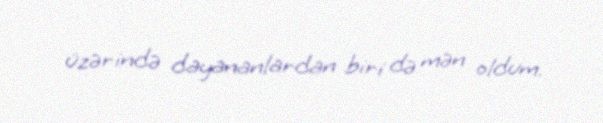
üzərində dayananlardan biri də mən oldum.